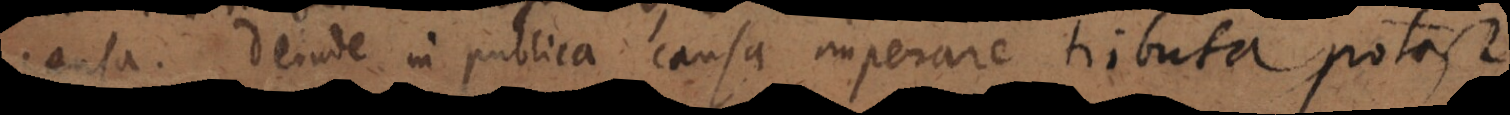
causa. Deinde in publica causa imperare tributa potest